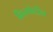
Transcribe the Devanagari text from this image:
किस्पेप्टीन